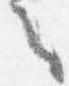
之